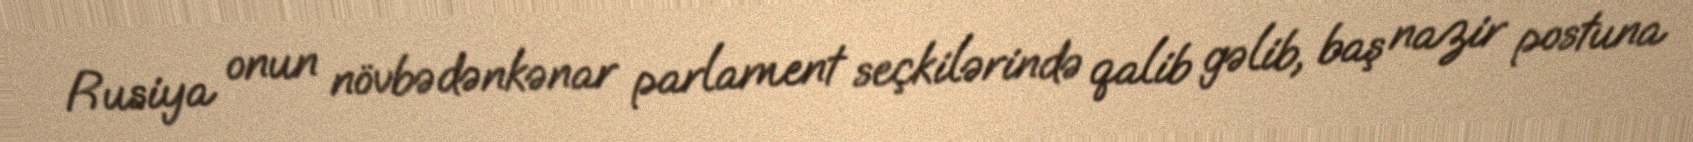
Rusiya onun növbədənkənar parlament seçkilərində qalib gəlib, baş nazir postuna